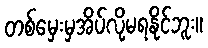
တစ်မှေးမှအိပ်လို့မရနိုင်ဘူး။